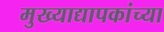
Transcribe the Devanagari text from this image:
मुख्‍याद्यापकांच्‍या